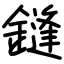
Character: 鏠